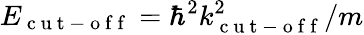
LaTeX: E_{\mathrm{~c~u~t~-~o~f~f~}}=\hbar^{2}k_{\mathrm{~c~u~t~-~o~f~f~}}^{2}/m